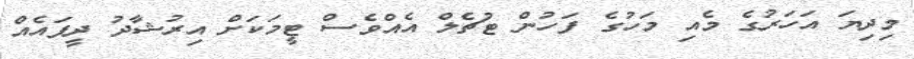
މިދިޔަ އަހަރުގެ މެއި މަހުގެ ފަހުން ޓުޗެލް އެއްވެސް ޓީމަކަށް އިރުޝާދު ދީފައެއް